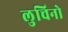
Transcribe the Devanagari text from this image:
लुचिनो